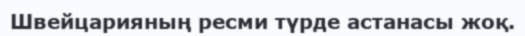
Швейцарияның ресми түрде астанасы жоқ.